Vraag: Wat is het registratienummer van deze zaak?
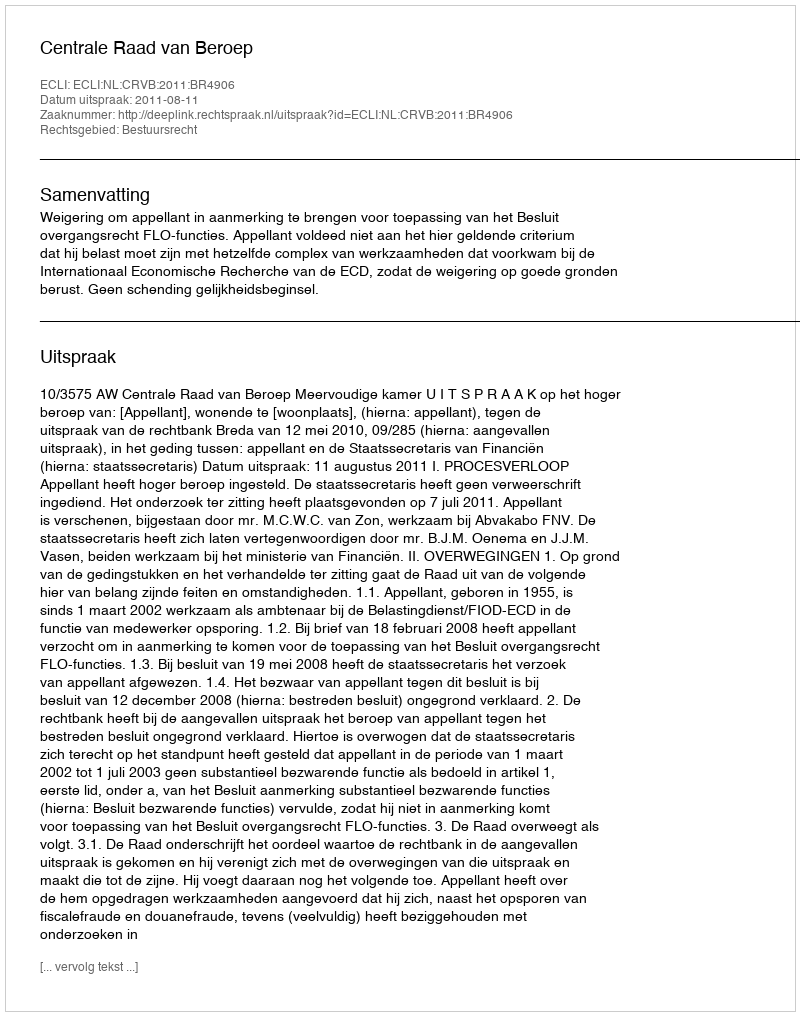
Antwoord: http://deeplink.rechtspraak.nl/uitspraak?id=ECLI:NL:CRVB:2011:BR4906